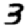
Digit: 3